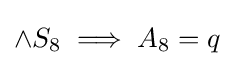
\land S_{8}\implies A_{8}=q